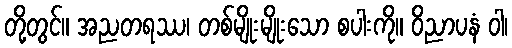
တို့တွင်။ အညတရဿ၊ တစ်မျိုးမျိုးသော စပါးကို။ ဝိညာပနံ ဝါ၊